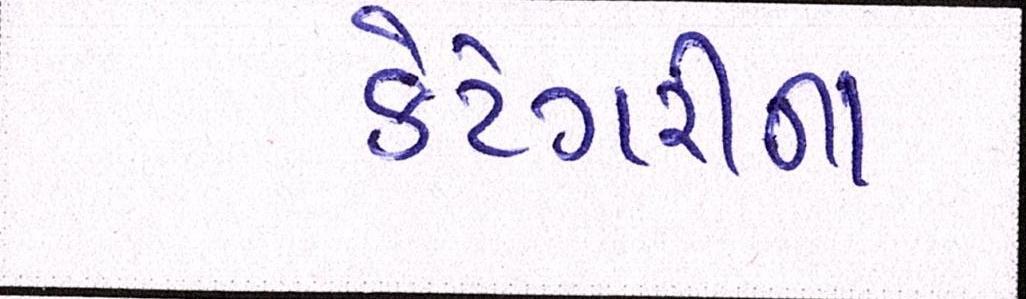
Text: કેટેગરીના